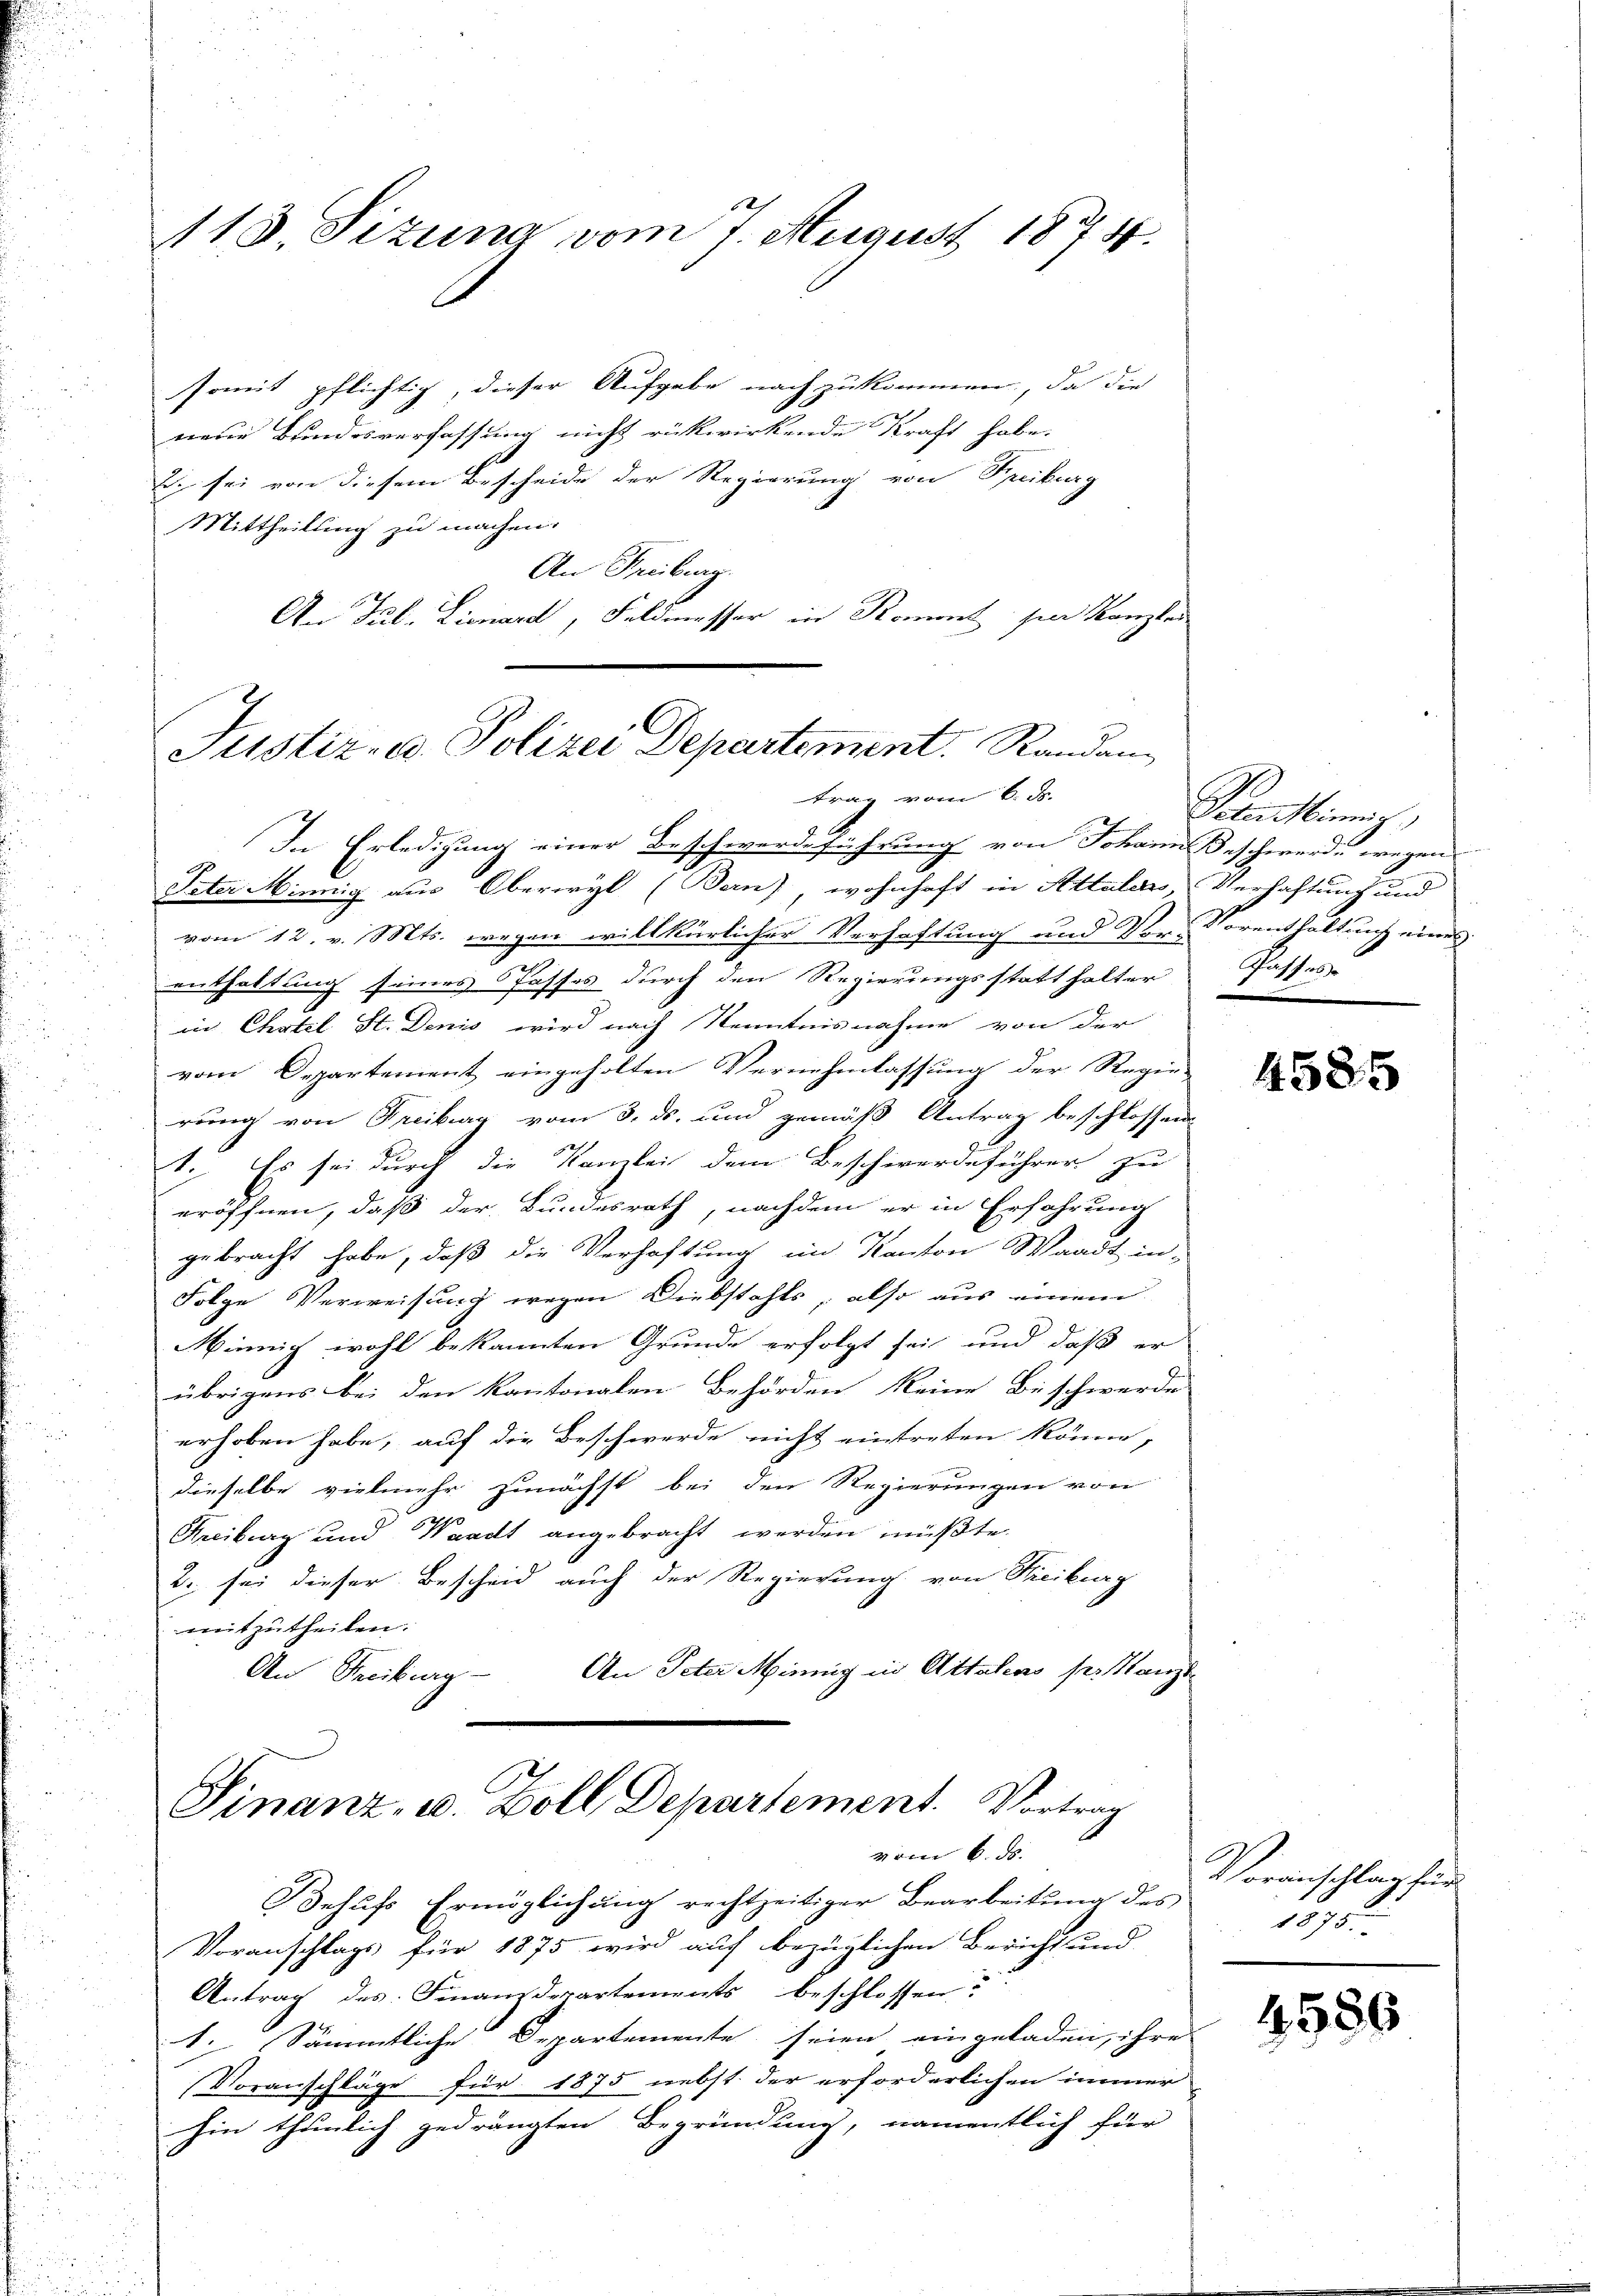
118. Sizung vom 7. August 1874.

somit pflichtig, dieser Aufgabe nachzukommen, da die
neue Bundesverfassung nicht rükwirkende Kraft habe.
B. sei von diesem Bescheide der Regierung von Freiburg
Mittheilung zu machen.
An Freiburg
An Pul- Lionard, Feldmesser in Roment hier Kanzlei

Justiz- u. Polizei Departement. Randan
trag vom 6. ds.

vom 6. ds.

In Erledigung einer Beschwerdeführung von Johann Beschwerde wegen
Peter Minnig aus Oberwyl (Bern), wohnhaft in Attaler, Verhaftung und
vom 12. v. Mts. wegen willkürlicher Verhaftung und Vor- Vorenthaltung eines
enthaltung seines Passos durch den Regierungsstatthalter Passes
in Chatel St. Denis wird nach Kenntnisnahme von der
vom Departement eingeholten Vernehmlassung der Regie
rung von Freiburg vom 3. ds. und gemäß Antrag beschlossen.
I. Es sei durch die Kanzlei dem Beschwerdeführer zu
eröffnen, daß der Bundesrath, nachdem er in Erfahrung
gebracht habe, daß die Verhaftung im Kanton Waadt in-
Folge Verweisung wegen Diebstahls, also aus einem
Minnig wohl bekannten Grunde erfolgt sei und daß er
übrigens bei den kantonalen Behörden keine Beschwerde
erhoben habe, auf die Beschwerde nicht eintreten könne,
dieselbe vielmehr zunächst bei den Regierungen von
Kreiburg und Waadt angebracht werden müßte.
2. sei dieser Bescheid auch der Regierung von Freiburg
mitzutheilen.
An Peter Mining in Attalens ser Kanzl
An Freiburg-
Finanz, u. Zoll Departement. Vortrag

Behufs Ermöglichung rechtzeitiger Bearbeitung des
Voranschlags für 1875 wird auf bezüglichen Bericht und
Antrag des Finanzdepartements beschlossen:
1. Sämmtliche Departemente seien eingeladen, ihre
Voranschläge für 1875 nebst der erforderlichen immer
hin thunlich gedrängten Begründung, namentlich für

Pensinung,

4585

Voranschlag für
1875.

4586